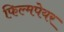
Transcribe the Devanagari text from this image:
फिल्मपेयर